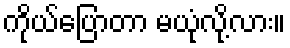
ကိုယ်ပြောတာ မယုံလို့လား။